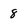
Character: 8